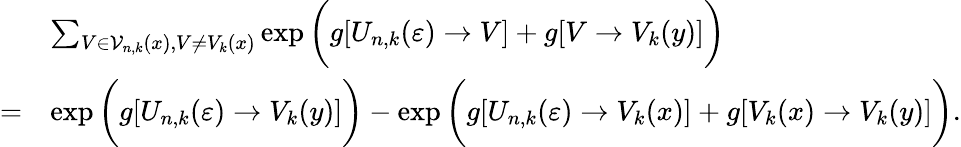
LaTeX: \begin{array}{rl}&{\sum_{V\in\mathcal{V}_{n,k}(x),V\neq V_{k}(x)}\exp\bigg(g[U_{n,k}(\varepsilon)\to V]+g[V\to V_{k}(y)]\bigg)}\\ {=}&{\exp\bigg(g[U_{n,k}(\varepsilon)\to V_{k}(y)]\bigg)-\exp\bigg(g[U_{n,k}(\varepsilon)\to V_{k}(x)]+g[V_{k}(x)\to V_{k}(y)]\bigg).}\end{array}